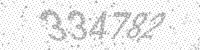
Solution: 334782